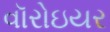
વૉરોઇયર